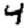
Digit: 4